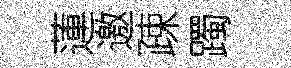
蓮邀疎躅